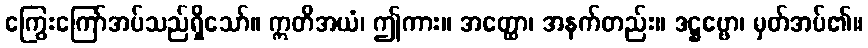
ကြွေးကြော်အပ်သည်ရှိသော်။ ဣတိအယံ၊ ဤကား။ အတ္ထော၊ အနက်တည်း။ ဒဋ္ဌဗ္ဗော၊ မှတ်အပ်၏။